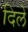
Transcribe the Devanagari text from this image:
दिलेे